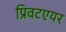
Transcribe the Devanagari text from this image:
प्रिवटएयर